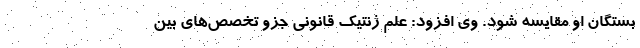
بستگان او مقایسه شود. وی افزود: علم ژنتیک قانونی جزو تخصص‌های بین